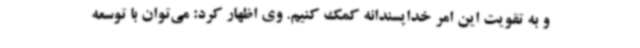
و به تقویت این امر خداپسندانه کمک کنیم. وی اظهار کرد: می‌توان با توسعه